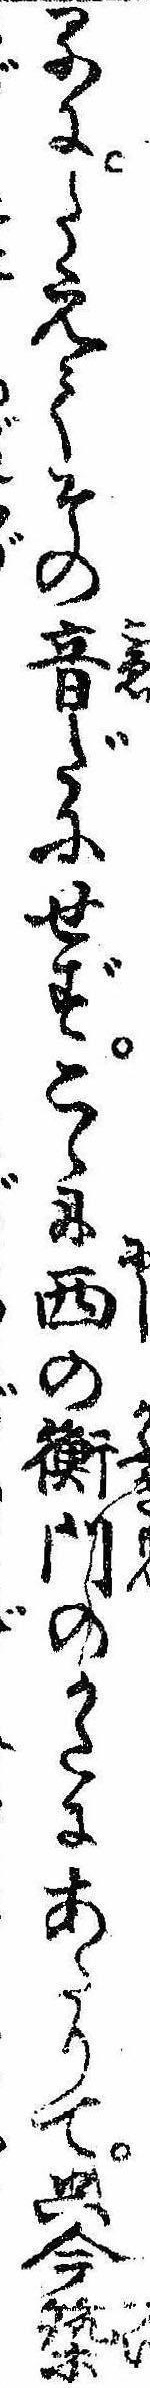
るにたえてその音だにせずこゝに西の衡門のかたにあたりて只今築